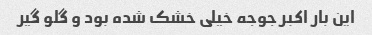
این بار اکبر جوجه خیلی خشک شده بود و گلو گیر